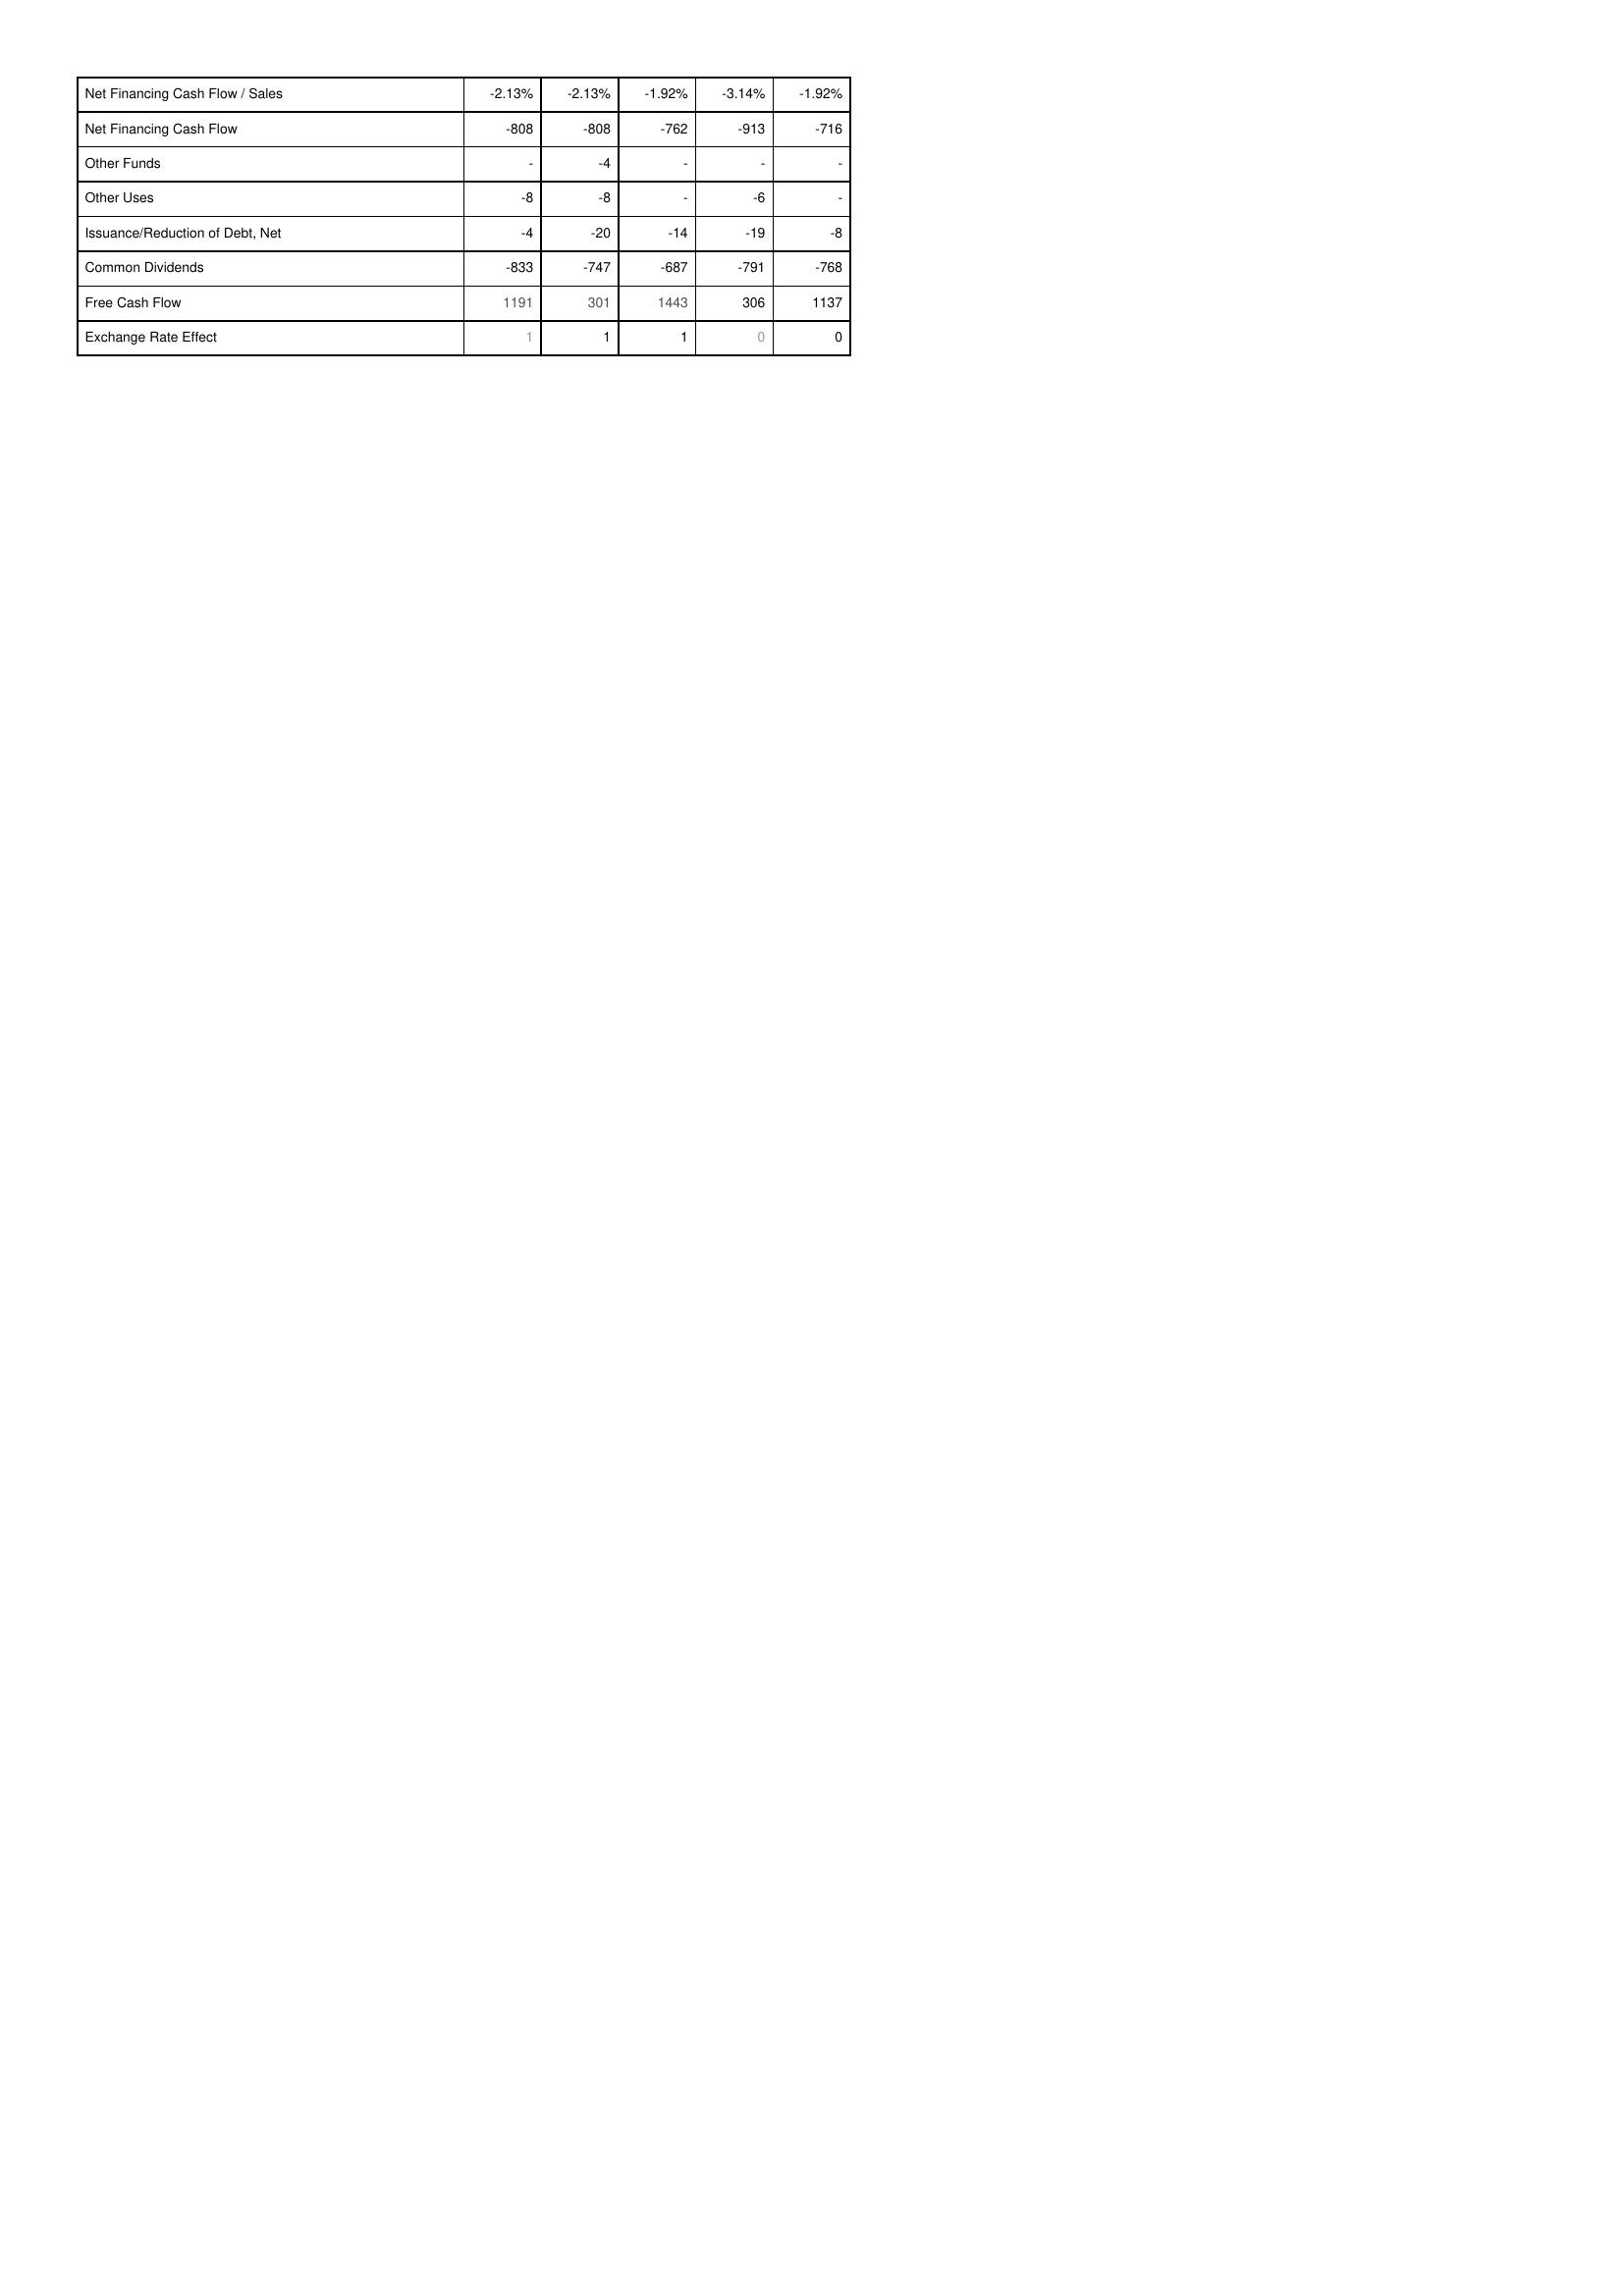
2022: Financing Activities: Net Financing Cash Flow / Sales: -2.13%
Net Financing Cash Flow: -808
Other Funds: -
Other Uses: -8
Issuance/Reduction of Debt, Net: -4
Common Dividends: -833
Free Cash Flow: 1191
Exchange Rate Effect: 1
2023: Financing Activities: Net Financing Cash Flow / Sales: -2.13%
Net Financing Cash Flow: -808
Other Funds: -4
Other Uses: -8
Issuance/Reduction of Debt, Net: -20
Common Dividends: -747
Free Cash Flow: 301
Exchange Rate Effect: 1
2024: Financing Activities: Net Financing Cash Flow / Sales: -1.92%
Net Financing Cash Flow: -762
Other Funds: -
Other Uses: -
Issuance/Reduction of Debt, Net: -14
Common Dividends: -687
Free Cash Flow: 1443
Exchange Rate Effect: 1
2025: Financing Activities: Net Financing Cash Flow / Sales: -3.14%
Net Financing Cash Flow: -913
Other Funds: -
Other Uses: -6
Issuance/Reduction of Debt, Net: -19
Common Dividends: -791
Free Cash Flow: 306
Exchange Rate Effect: 0
2026: Financing Activities: Net Financing Cash Flow / Sales: -1.92%
Net Financing Cash Flow: -716
Other Funds: -
Other Uses: -
Issuance/Reduction of Debt, Net: -8
Common Dividends: -768
Free Cash Flow: 1137
Exchange Rate Effect: 0